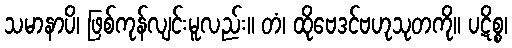
သမာနာပိ၊ ဖြစ်ကုန်လျင်းမူလည်း။ တံ၊ ထိုဗေဒင်ဗဟုသုတကို။ ပဋိစ္စ၊